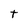
Character: t